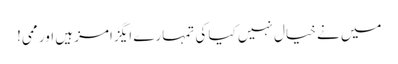
میں نے خیال نہیں کیا کی تمہارے ایگزامز ہیں اور ممی!